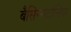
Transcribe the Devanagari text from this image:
बैसिन्गटोनिया